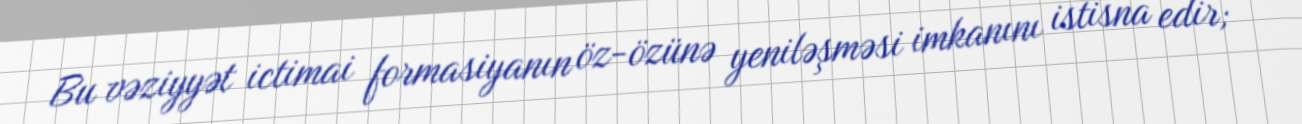
Bu vəziyyət ictimai formasiyanın öz-özünə yeniləşməsi imkanını istisna edir;